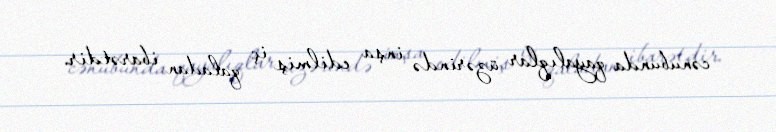
cənubunda qayalıqlar üzərində inşa edilmiş iç qaladan ibarətdir.